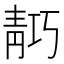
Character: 𬰗